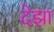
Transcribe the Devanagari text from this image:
देझा